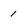
Character: 1